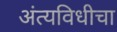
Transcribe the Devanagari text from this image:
अंत्यविधीचा